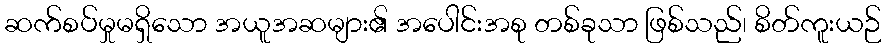
ဆက်စပ်မှုမရှိသော အယူအဆများ၏ အပေါင်းအစု တစ်ခုသာ ဖြစ်သည်၊ စိတ်ကူးယဉ်